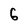
Character: 6